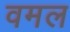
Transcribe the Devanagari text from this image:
वमल